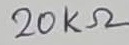
Text: 20KΩ